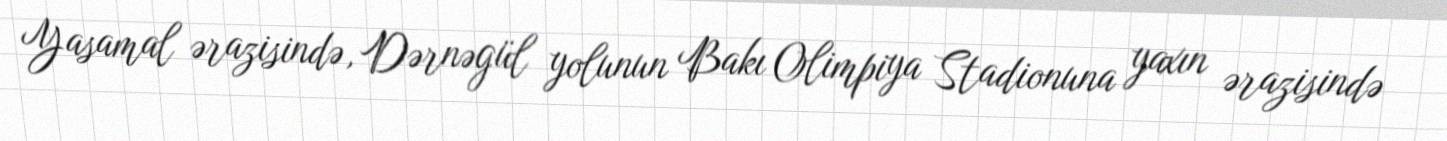
Yasamal ərazisində, Dərnəgül yolunun Bakı Olimpiya Stadionuna yaxın ərazisində